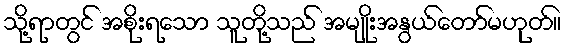
သို့ရာတွင် အစိုးရသော သူတို့သည် အမျိုးအနွယ်တော်မဟုတ်။